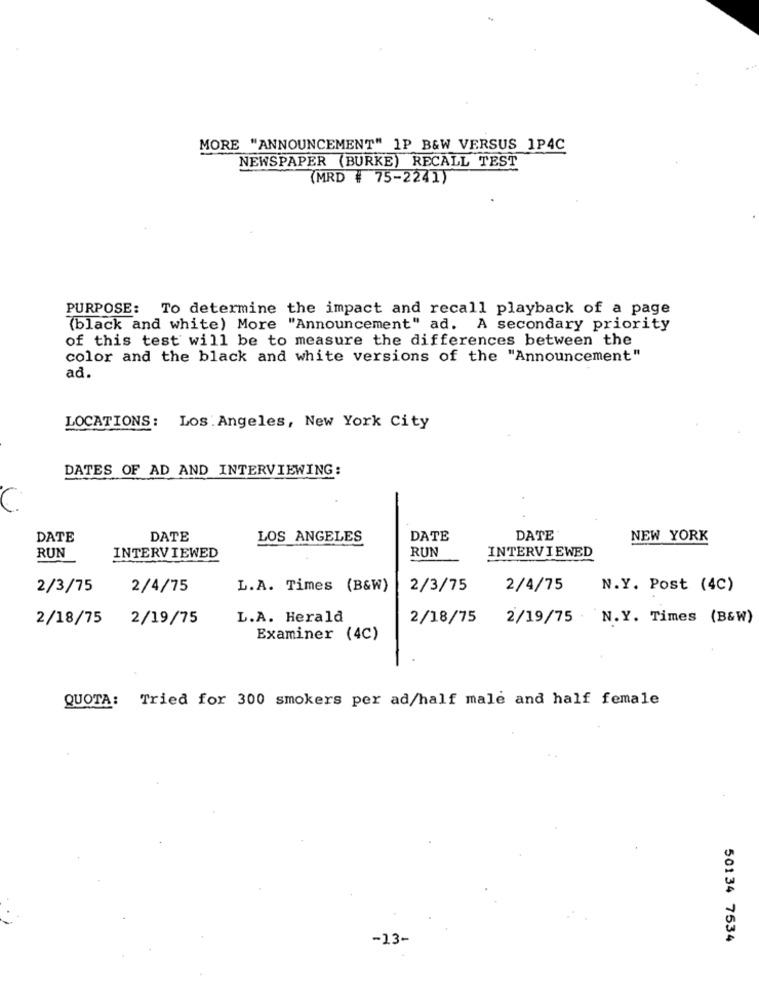
MORE "ANNOUNCEMENT" 1P B&W VERSUS 1P4C
NEWSPAPER (BURKE) RECALL TEST
(MRD # 75-2241)
PURPOSE: To determine the impact and recall playback of a page
(black and white) More "Announcement" ad. A secondary priority
of this test will be to measure the differences between the
color and the black and white versions of the "Announcement"
ad.
LOCATIONS: Los Angeles, New York City
DATES OF AD AND INTERVIEWING:
DATE
DATE
LOS ANGELES
DATE
DATE
NEW YORK
RUN
RUN
INTERVIEWED
INTERVIEWED
2/3/75
2/4/75
L.A. Times (B&W)
2/3/75
2/4/75
N.Y. Post (4C)
2/18/75 2/19/75
L.A. Herald
2/18/75
2/19/75
N.Y. Times (B&W)
Examiner (4C)
QUOTA: Tried for 300 smokers per ad/half male and half female
-13-
50134 7534